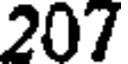
207